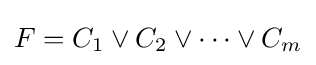
F=C_{1}\vee C_{2}\vee \cdots \vee C_{m}